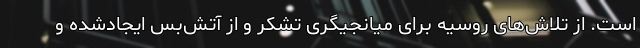
است. از تلاش‌های روسیه برای میانجیگری تشکر و از آتش‌بس ایجادشده و